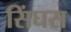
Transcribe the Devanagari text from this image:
सिंघस